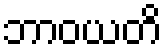
ဘာဝယတိ